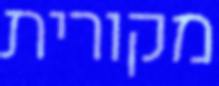
מקורית